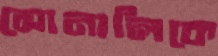
সোনালিকে